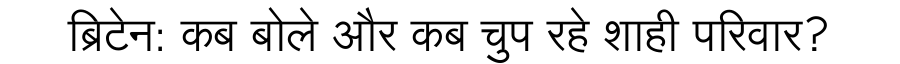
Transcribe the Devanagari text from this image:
ब्रिटेन: कब बोले और कब चुप रहे शाही परिवार?